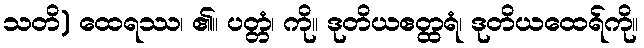
သတိ) ထေရဿ၊ ၏။ ပတ္တံ၊ ကို။ ဒုတိယဧတ္ထရံ၊ ဒုတိယထေရ်ကို။